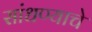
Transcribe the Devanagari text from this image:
सांधण्याचे